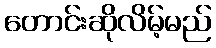
တောင်းဆိုလိမ့်မည်